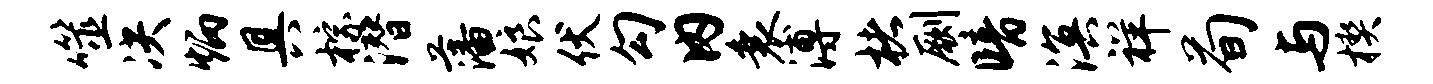
噬决炳具棕潜藩娘伏勾内衰溥楮劂暗溟祥荀与楔